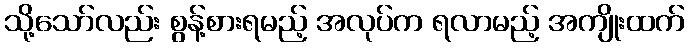
သို့သော်လည်း စွန့်စားရမည့် အလုပ်က ရလာမည့် အကျိုးထက်